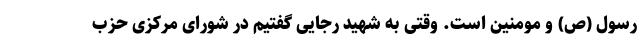
رسول (ص) و مومنین است. وقتی به شهید رجایی گفتیم در شورای مرکزی حزب